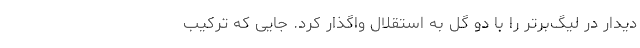
دیدار در لیگ‌برتر را با دو گل به استقلال واگذار کرد. جایی که ترکیب